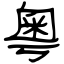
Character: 粵